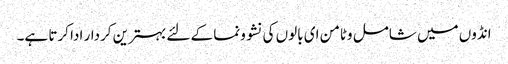
انڈوں میں شامل وٹامن ای بالوں کی نشوونما کے لئے بہترین کردار ادا کرتا ہے۔